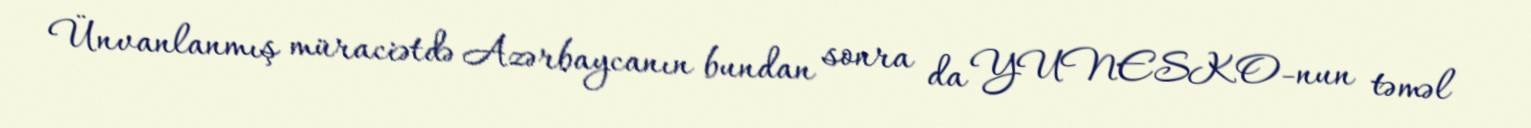
Ünvanlanmış müraciətdə Azərbaycanın bundan sonra da YUNESKO-nun təməl